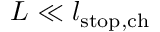
L \ll l _ { \mathrm { s t o p , c h } }